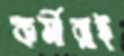
কর্মীরাই